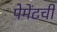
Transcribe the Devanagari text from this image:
पेमेंटची